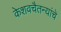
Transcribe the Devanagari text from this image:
केशवचैतन्यांचे